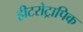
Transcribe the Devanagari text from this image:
हीटरोट्रापिक